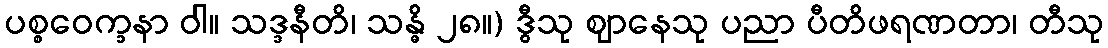
ပစ္စဝေက္ခနာ ဝါ။ သဒ္ဒနီတိ၊ သန္ဓိ ၂၈။) ဒွီသု ဈာနေသု ပညာ ပီတိဖရဏတာ၊ တီသု